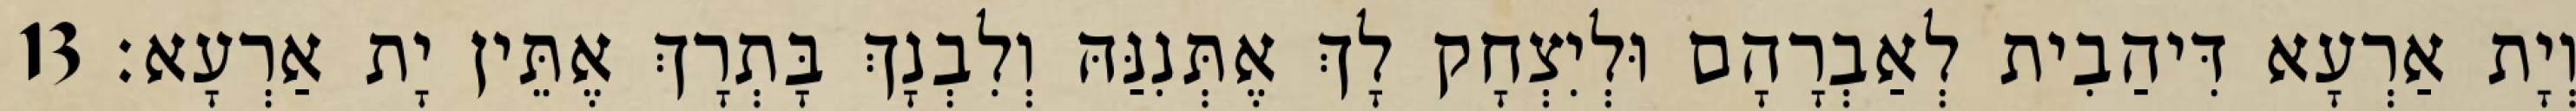
וְיָת אַרְעָא דִּיהַבִית לְאַבְרָהָם וּלְיִצְחָק לָךְ אֶתְּנִנַּהּ וְלִבְנָךְ בָּתְרָךְ אֶתֵּין יָת אַרְעָא׃ 13